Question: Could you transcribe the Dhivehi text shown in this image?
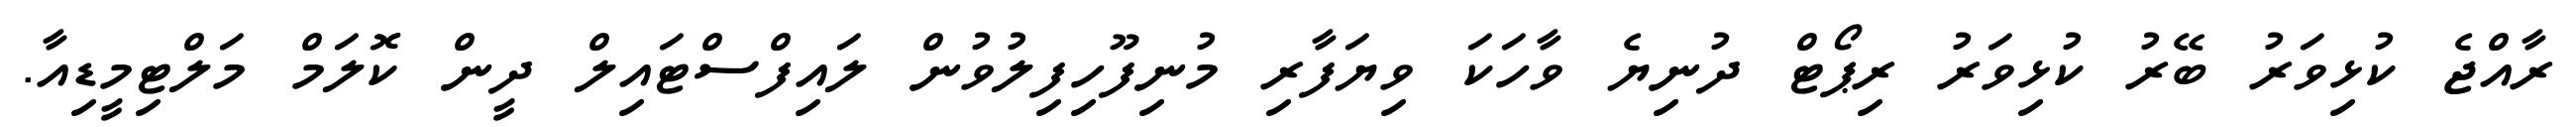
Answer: ރާއްޖެ ކުޅިވަރު ބޭރު ކުޅިވަރު ރިޕޯޓް ދުނިޔެ ވާހަކަ ވިޔަފާރި މުނިފޫހިފިލުވުން ލައިފްސްޓައިލް ދީން ކޮލަމް މަލްޓިމީޑިއާ.